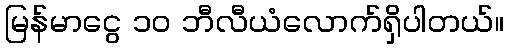
မြန်မာငွေ ၁၀ ဘီလီယံလောက်ရှိပါတယ်။